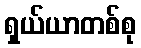
ရှယ်ယာတစ်စု